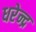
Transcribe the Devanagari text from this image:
धरेन्द्र